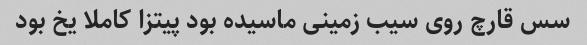
سس قارچ روی سیب زمینی ماسیده بود پیتزا کاملا یخ بود